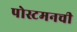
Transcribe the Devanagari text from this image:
पोस्टमनची